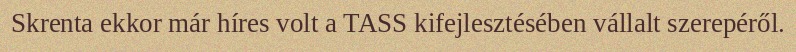
Skrenta ekkor már híres volt a TASS kifejlesztésében vállalt szerepéről.